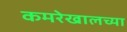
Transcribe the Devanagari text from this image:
कमरेखालच्या